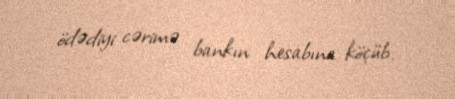
ödədiyi cərimə bankın hesabına köçüb.